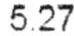
5.27